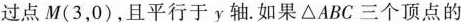
过点M(3，0)，且平行于y轴。如果\triangle ABC三个顶点的